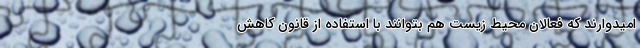
امیدوارند که فعالان محیط‌ زیست هم بتوانند با استفاده از قانون کاهش